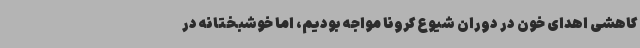
کاهشی اهدای خون در دوران شیوع کرونا مواجه بودیم، اما خوشبختانه در